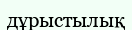
дұрыстылық